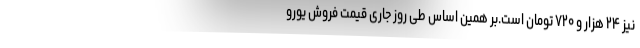
نیز ۲۴ هزار و ۷۲۰ تومان است.بر همین‌ اساس طی روز جاری قیمت فروش یورو